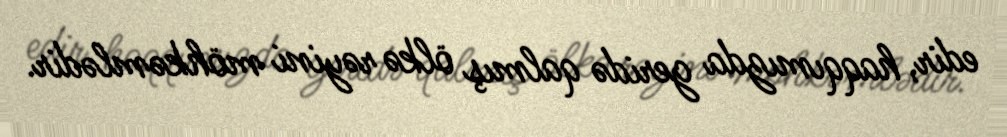
edir, haqqımızda geridə qalmış ölkə rəyini möhkəmlədir.